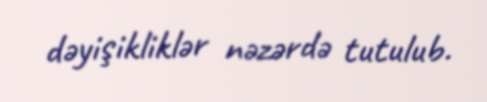
dəyişikliklər nəzərdə tutulub.